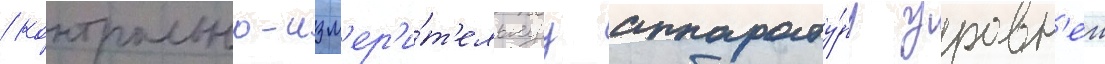
/ контрольно-изм'ер'и́т'ельнуу аппарату́ру уровн'еи